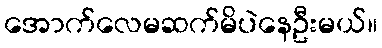
အောက်လေမဆက်မိပဲနေဦးမယ်။